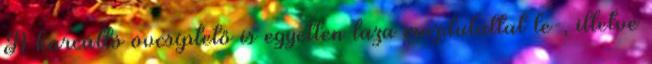
A karcálló övcsíptető is egyetlen laza mozdulattal le-, illetve